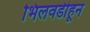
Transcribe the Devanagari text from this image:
भिलवडीहून